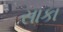
સાકા